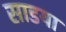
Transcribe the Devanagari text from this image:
साडया